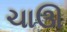
ચાઊ